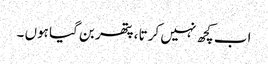
اب کچھ نہیں کرتا ، پتھر بن گیا ہوں ۔